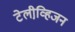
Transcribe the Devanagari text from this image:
टेलीव्हि़जन